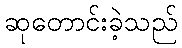
ဆုတောင်းခဲ့သည်